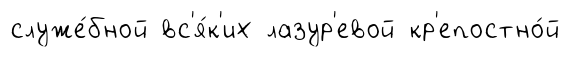
служе́бной вс'я́к'их лазур'евой кр'епостно́й